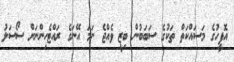
އޮފީހުގެ މަސައްކަތް ތަކުގެ ސަބަބުން ބިޒީ ވެއްޖެ ނަމަ އޭނަގެ ރައްޓެހިންނަށް ސޯސަލު